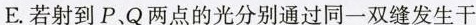
E.若射到P、Q两点的光分别通过同一双缝发生干